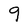
Character: 9